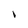
Character: l